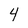
Character: 4